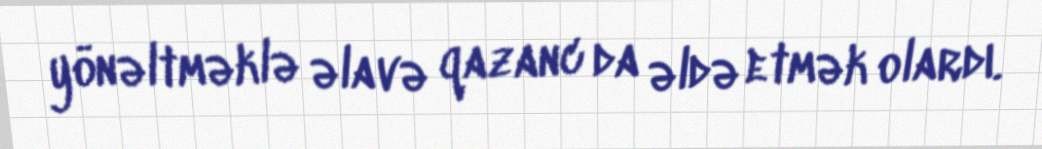
yönəltməklə əlavə qazanc da əldə etmək olardı.